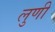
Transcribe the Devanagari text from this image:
लुणी